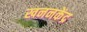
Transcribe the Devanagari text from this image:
खननकेंद्र